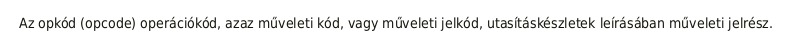
Az opkód (opcode) operációkód, azaz műveleti kód, vagy műveleti jelkód, utasításkészletek leírásában műveleti jelrész.